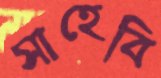
সাহেবি